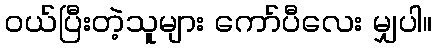
၀ယ်ပြီးတဲ့သူများ ကော်ပီလေး မျှပါ။